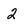
Character: 2